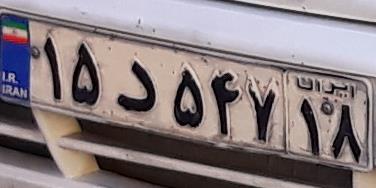
۱۵د۵۴۷۱۸